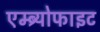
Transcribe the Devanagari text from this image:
एम्ब्र्योफाइट